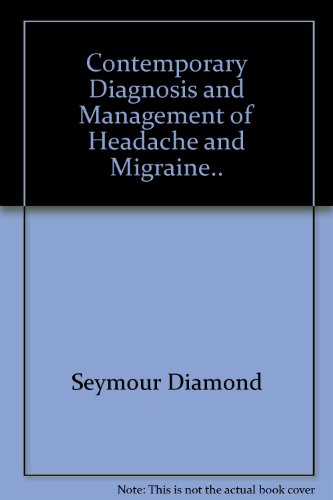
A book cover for Contemporary Diagnosis and Management of Headache and Migraine..; Merle Lea Diamond; Health, Fitness & Dieting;